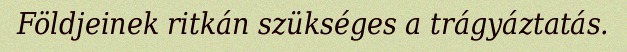
Földjeinek ritkán szükséges a trágyáztatás.